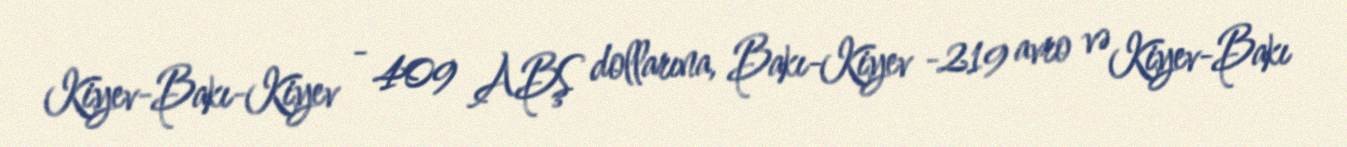
Kiyev-Bakı-Kiyev - 409 ABŞ dollarına, Bakı-Kiyev -219 avro və Kiyev-Bakı